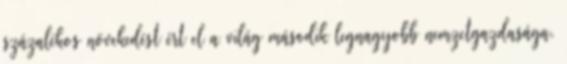
százalékos növekedést ért el a világ második legnagyobb nemzetgazdasága.